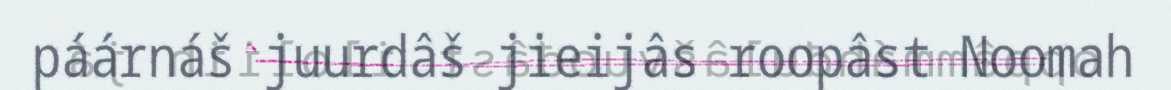
páárnáš juurdâš jieijâs roopâst Noomah